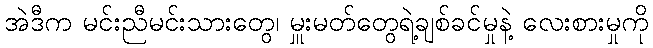
အဲဒီက မင်းညီမင်းသားတွေ၊ မှူးမတ်တွေရဲ့ချစ်ခင်မှုနဲ့ လေးစားမှုကို